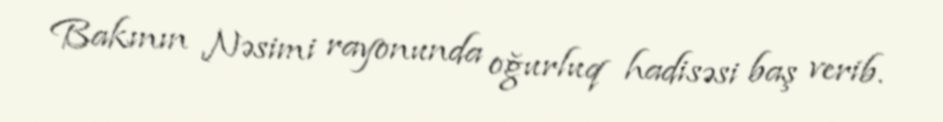
Bakının Nəsimi rayonunda oğurluq hadisəsi baş verib.